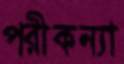
পরীকন্যা